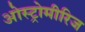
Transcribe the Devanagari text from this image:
ओस्ट्रोमीरिज